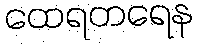
ထေရတရေန